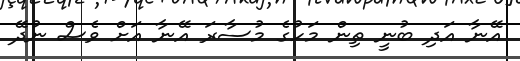
އޭނާ އަދި ބުނީ ތިން މަހުގެ މުސާރަ އޭނާ އަށް ވެސް ނުދޭ